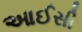
આઈસી